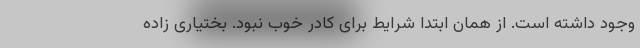
وجود داشته است. از همان ابتدا شرایط برای کادر خوب نبود. بختیاری زاده